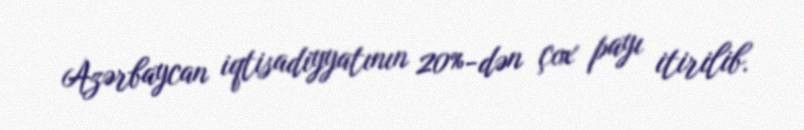
Azərbaycan iqtisadiyyatının 20%-dən çox payı itirilib.